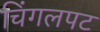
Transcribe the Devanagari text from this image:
चिंगलपट